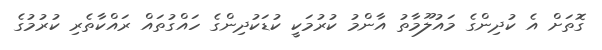
ގޮތަށް އެ ކުދިންގެ މައުލޫމާތު އާންމު ކުރުމަކީ ކުޑަކުދިންގެ ހައްގުތައް ރައްކާތެރި ކުރުމުގެ